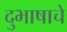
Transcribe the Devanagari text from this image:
दुभाषाचे